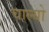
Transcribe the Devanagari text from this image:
चाल्यो